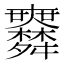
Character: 𦨅